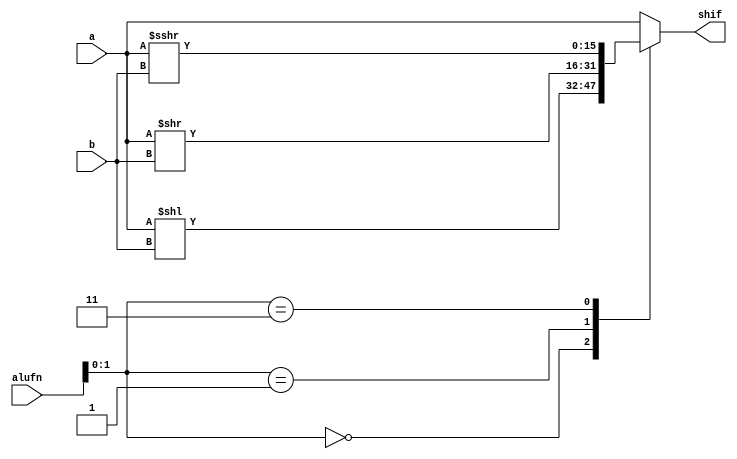
/*
   This file was generated automatically by the Mojo IDE version B1.3.6.
   Do not edit this file directly. Instead edit the original Lucid source.
   This is a temporary file and any changes made to it will be destroyed.
*/

module shift_36 (
    input [5:0] alufn,
    input [15:0] a,
    input [15:0] b,
    output reg [15:0] shif
  );
  
  
  
  always @* begin
    
    case (alufn[0+1-:2])
      2'h0: begin
        shif = a << b;
      end
      2'h1: begin
        shif = a >> b;
      end
      2'h3: begin
        shif = $signed(a) >>> b;
      end
      default: begin
        shif = a;
      end
    endcase
  end
endmodule